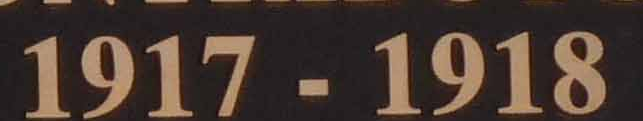
1917-1918